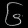
Digit: ၆